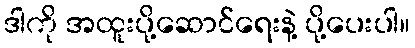
ဒါကို အထူးပို့ဆောင်ရေးနဲ့ ပို့ပေးပါ။